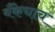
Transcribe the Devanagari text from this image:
बँकेचाच